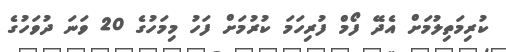
ކުރިމަތިލުމަށް އެދޭ ފޯމް ފުރިހަމަ ކުރުމަށް ފަހު މިމަހުގެ 20 ވަނަ ދުވަހުގެ